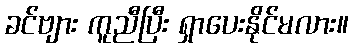
ခင်ဗျား ကူညီပြီး ရှာပေးနိုင်မလား။